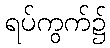
ရပ်ကွက်၌